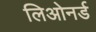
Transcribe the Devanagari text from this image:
लिओनर्ड